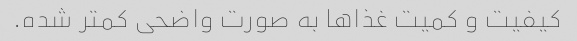
کیفیت و کمیت غذاها به صورت واضحی کمتر شده.